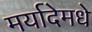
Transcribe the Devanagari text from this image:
मर्यादेमधे